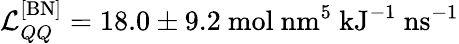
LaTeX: \mathcal{L}_{QQ}^{\mathrm{[BN]}}=18.0\pm 9.2\ \mathrm{mol\ nm^{5}\ kJ^{-1}\ ns^{-1}}